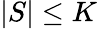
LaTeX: |S|\le K